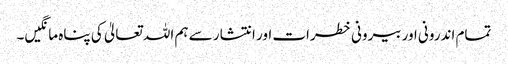
تمام اندرونی اور بیرونی خطرات اور انتشار سے ہم اللہ تعالیٰ کی پناہ مانگیں۔